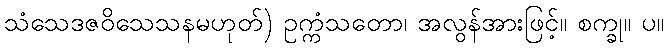
သံသေဒဇဝိသေသနမဟုတ်) ဥက္ကံသတော၊ အလွန်အားဖြင့်။ စက္ခု။ ပ။